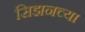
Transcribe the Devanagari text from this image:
सिझनच्या